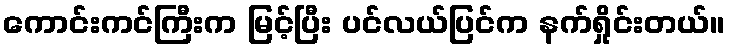
ကောင်းကင်ကြီးက မြင့်ပြီး ပင်လယ်ပြင်က နက်ရှိုင်းတယ်။